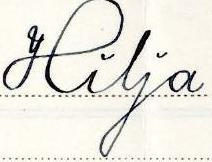
Hilja